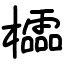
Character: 櫺